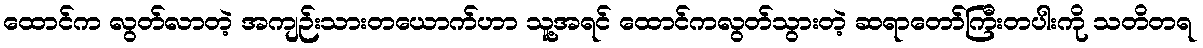
ထောင်က လွတ်လာတဲ့ အကျဉ်းသားတယောက်ဟာ သူ့အရင် ထောင်ကလွတ်သွားတဲ့ ဆရာတော်ကြီးတပါးကို သတိတရ